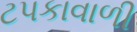
ટપકાવાળી